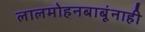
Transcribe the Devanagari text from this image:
लालमोहनबाबूंनाही